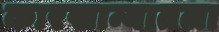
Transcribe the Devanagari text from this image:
कारखान्यातला